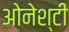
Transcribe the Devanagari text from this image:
ओनेश्टी